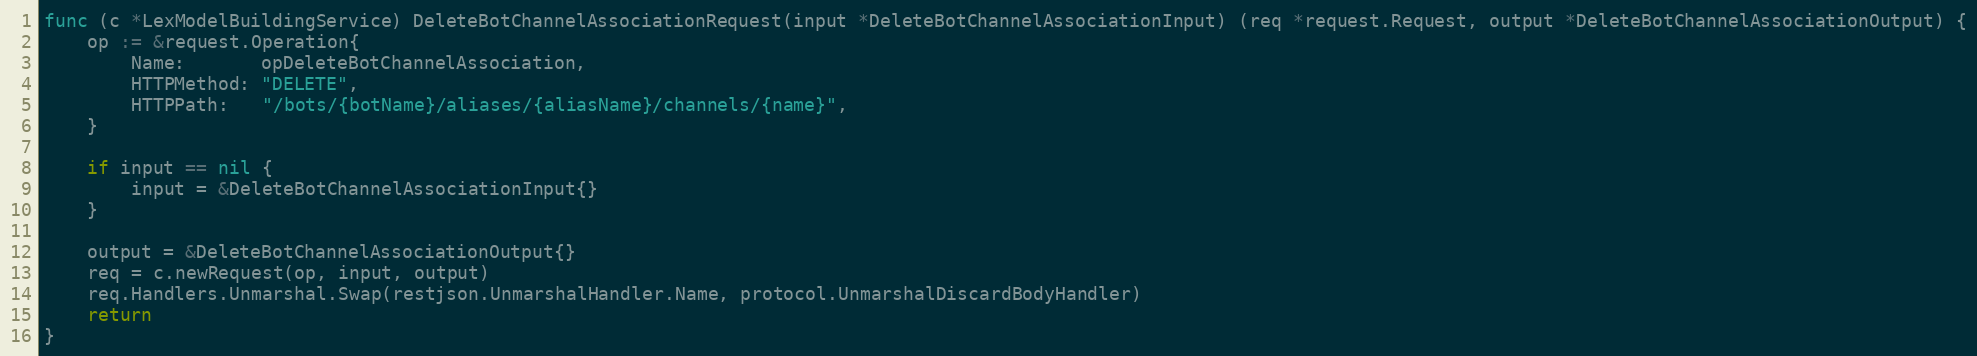
Language: Go
func (c *LexModelBuildingService) DeleteBotChannelAssociationRequest(input *DeleteBotChannelAssociationInput) (req *request.Request, output *DeleteBotChannelAssociationOutput) {
	op := &request.Operation{
		Name:       opDeleteBotChannelAssociation,
		HTTPMethod: "DELETE",
		HTTPPath:   "/bots/{botName}/aliases/{aliasName}/channels/{name}",
	}

	if input == nil {
		input = &DeleteBotChannelAssociationInput{}
	}

	output = &DeleteBotChannelAssociationOutput{}
	req = c.newRequest(op, input, output)
	req.Handlers.Unmarshal.Swap(restjson.UnmarshalHandler.Name, protocol.UnmarshalDiscardBodyHandler)
	return
}